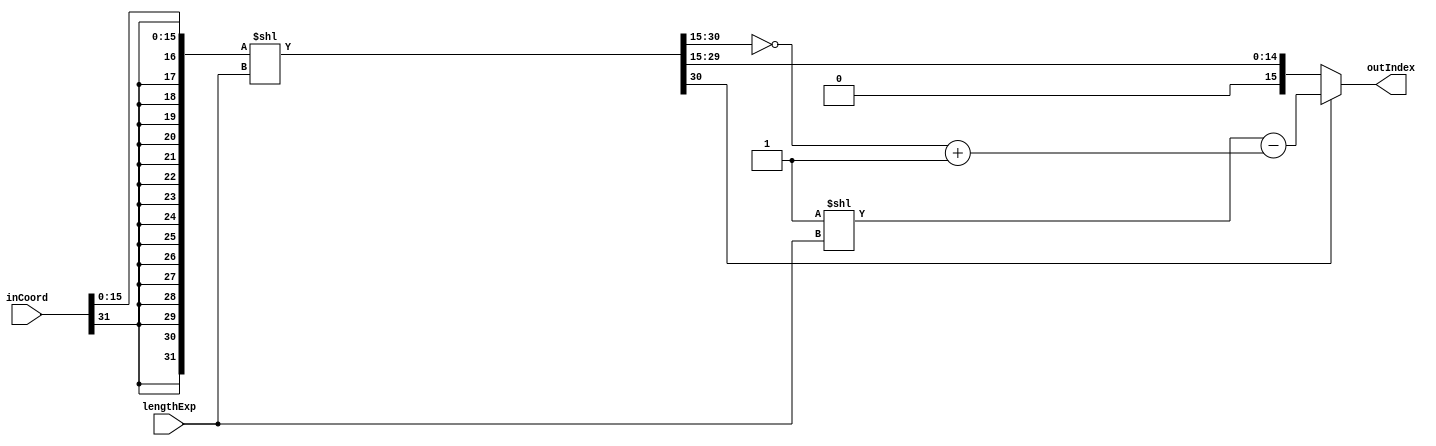
/*
Anf Floof
32-bit Embedded 3D Graphics Processor

Texture Coordinate Denormalization Unit
*/

`default_nettype none

module anfFl_tex_coordDenorm
	(
		input [31:0] inCoord,
		input [3:0] lengthExp,
		output [15:0] outIndex
	);

	wire [31:0] signedFractional;
	wire [31:0] shifted;
	wire [15:0] truncated;
	wire [15:0] negativeTruncated;
	wire [15:0] length;
	wire [15:0] mirrored;

	assign signedFractional = {{16{inCoord[31]}}, inCoord[15:0]};
	assign shifted[31:1] = signedFractional << lengthExp;

	assign truncated = shifted[31:16];
	assign negativeTruncated = ~truncated + 1;
	assign length = 16'b1 << lengthExp;
	assign mirrored = length - negativeTruncated;
	assign outIndex = truncated[15] ? mirrored : truncated;
	
endmodule